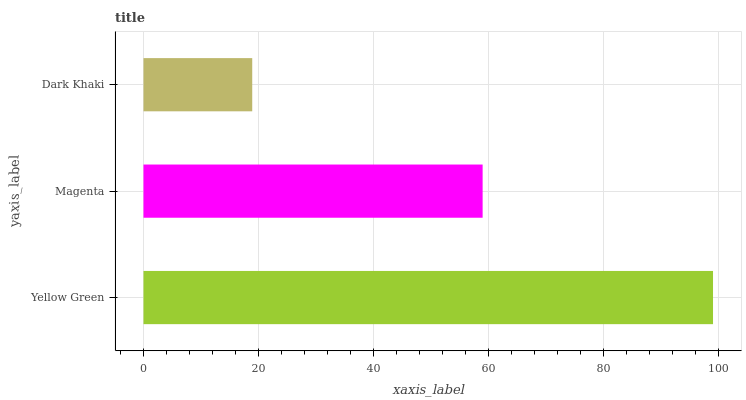
| yaxis_label | bars |
 | --- | --- |
 | Yellow Green | 99 |
 | Magenta | 59 |
 | Dark Khaki | 18.9 |